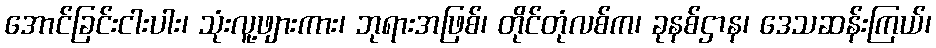
အောင်ခြင်းငါးပါး၊ သုံးလူ့ဖျားကား၊ ဘုရားအဖြစ်၊ တိုင်တုံလစ်က၊ ခုနစ်ဌာန၊ ဒေသဆန်းကြယ်၊